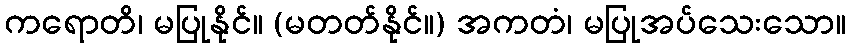
ကရောတိ၊ မပြုနိုင်။ (မတတ်နိုင်။) အကတံ၊ မပြုအပ်သေးသော။